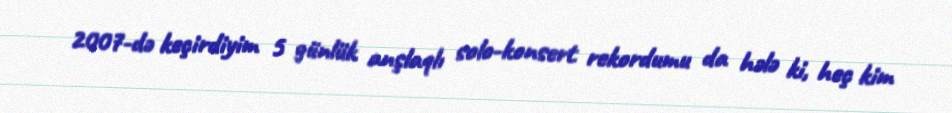
2007-də keçirdiyim 5 günlük anşlaqlı solo-konsert rekordumu da hələ ki, heç kim